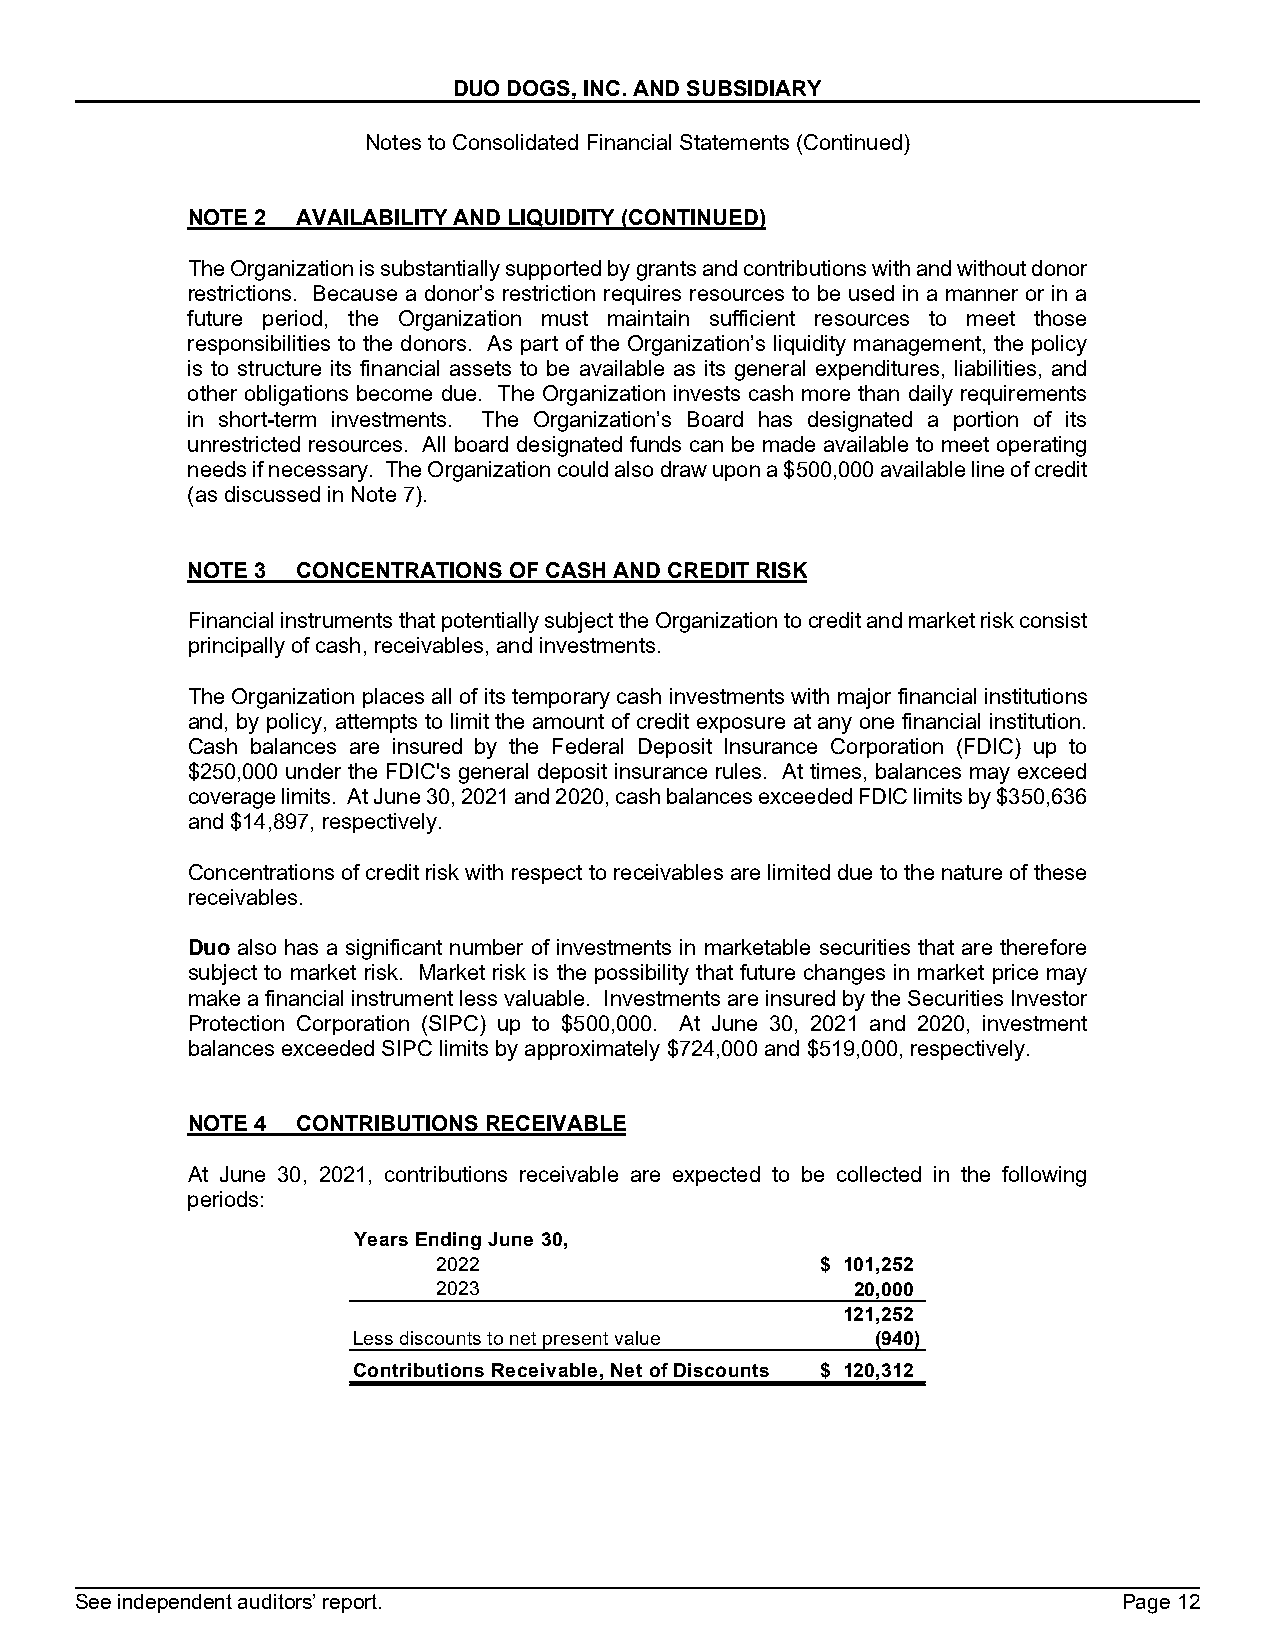
DUO DOGS, INC. AND SUBSIDIARY
 Notes to Consolidated Financial Statements (Continued)
 NOTE 2  AVAILABILITY AND LIQUIDITY (CONTINUED)
 The Organization is substantially supported by grants and contributions with and without donor
 restrictions. Because a donor’s restriction requires resources to be used in a manner or in a
 future period, the Organization must maintain sufficient resources to meet those
 responsibilities to the donors. As part of the Organization’s liquidity management, the policy
 is to structure its financial assets to be available as its general expenditures, liabilities, and
 other obligations become due. The Organization invests cash more than daily requirements
 in short-term investments. The Organization’s Board has designated a portion of its
 unrestricted resources. All board designated funds can be made available to meet operating
 needs if necessary. The Organization could also draw upon a $500,000 available line of credit
 (as discussed in Note 7).
 NOTE 3  CONCENTRATIONS OF CASH AND CREDIT RISK
 Financial instruments that potentially subject the Organization to credit and market risk consist
 principally of cash, receivables, and investments.
 The Organization places all of its temporary cash investments with major financial institutions
 and, by policy, attempts to limit the amount of credit exposure at any one financial institution.
 Cash balances are insured by the Federal Deposit Insurance Corporation (FDIC) up to
 $250,000 under the FDIC's general deposit insurance rules. At times, balances may exceed
 coverage limits. At June 30, 2021 and 2020, cash balances exceeded FDIC limits by $350,636
 and $14,897, respectively.
 Concentrations of credit risk with respect to receivables are limited due to the nature of these
 receivables.
 Duo also has a significant number of investments in marketable securities that are therefore
 subject to market risk. Market risk is the possibility that future changes in market price may
 make a financial instrument less valuable. Investments are insured by the Securities Investor
 Protection Corporation (SIPC) up to $500,000. At June 30, 2021 and 2020, investment
 balances exceeded SIPC limits by approximately $724,000 and $519,000, respectively.
 NOTE 4  CONTRIBUTIONS RECEIVABLE
 At June 30, 2021, contributions receivable are expected to be collected in the following
 periods:
 Years Ending June 30,
 2022                     $ 101,252
 2023                        20,000
 121,252
 Less discounts to net present value ( 940)
 Contributions Receivable, Net of Discounts $ 120,312
 See independent auditors’ report.                                    Page 12